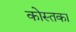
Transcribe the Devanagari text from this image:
कोस्तका